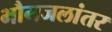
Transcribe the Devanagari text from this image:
भौमजलांतर